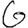
Digit: 6